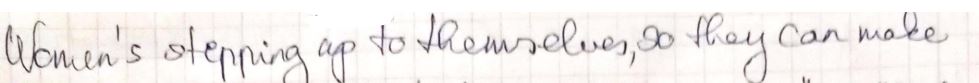
Women's stepping up to themselves, so they can make